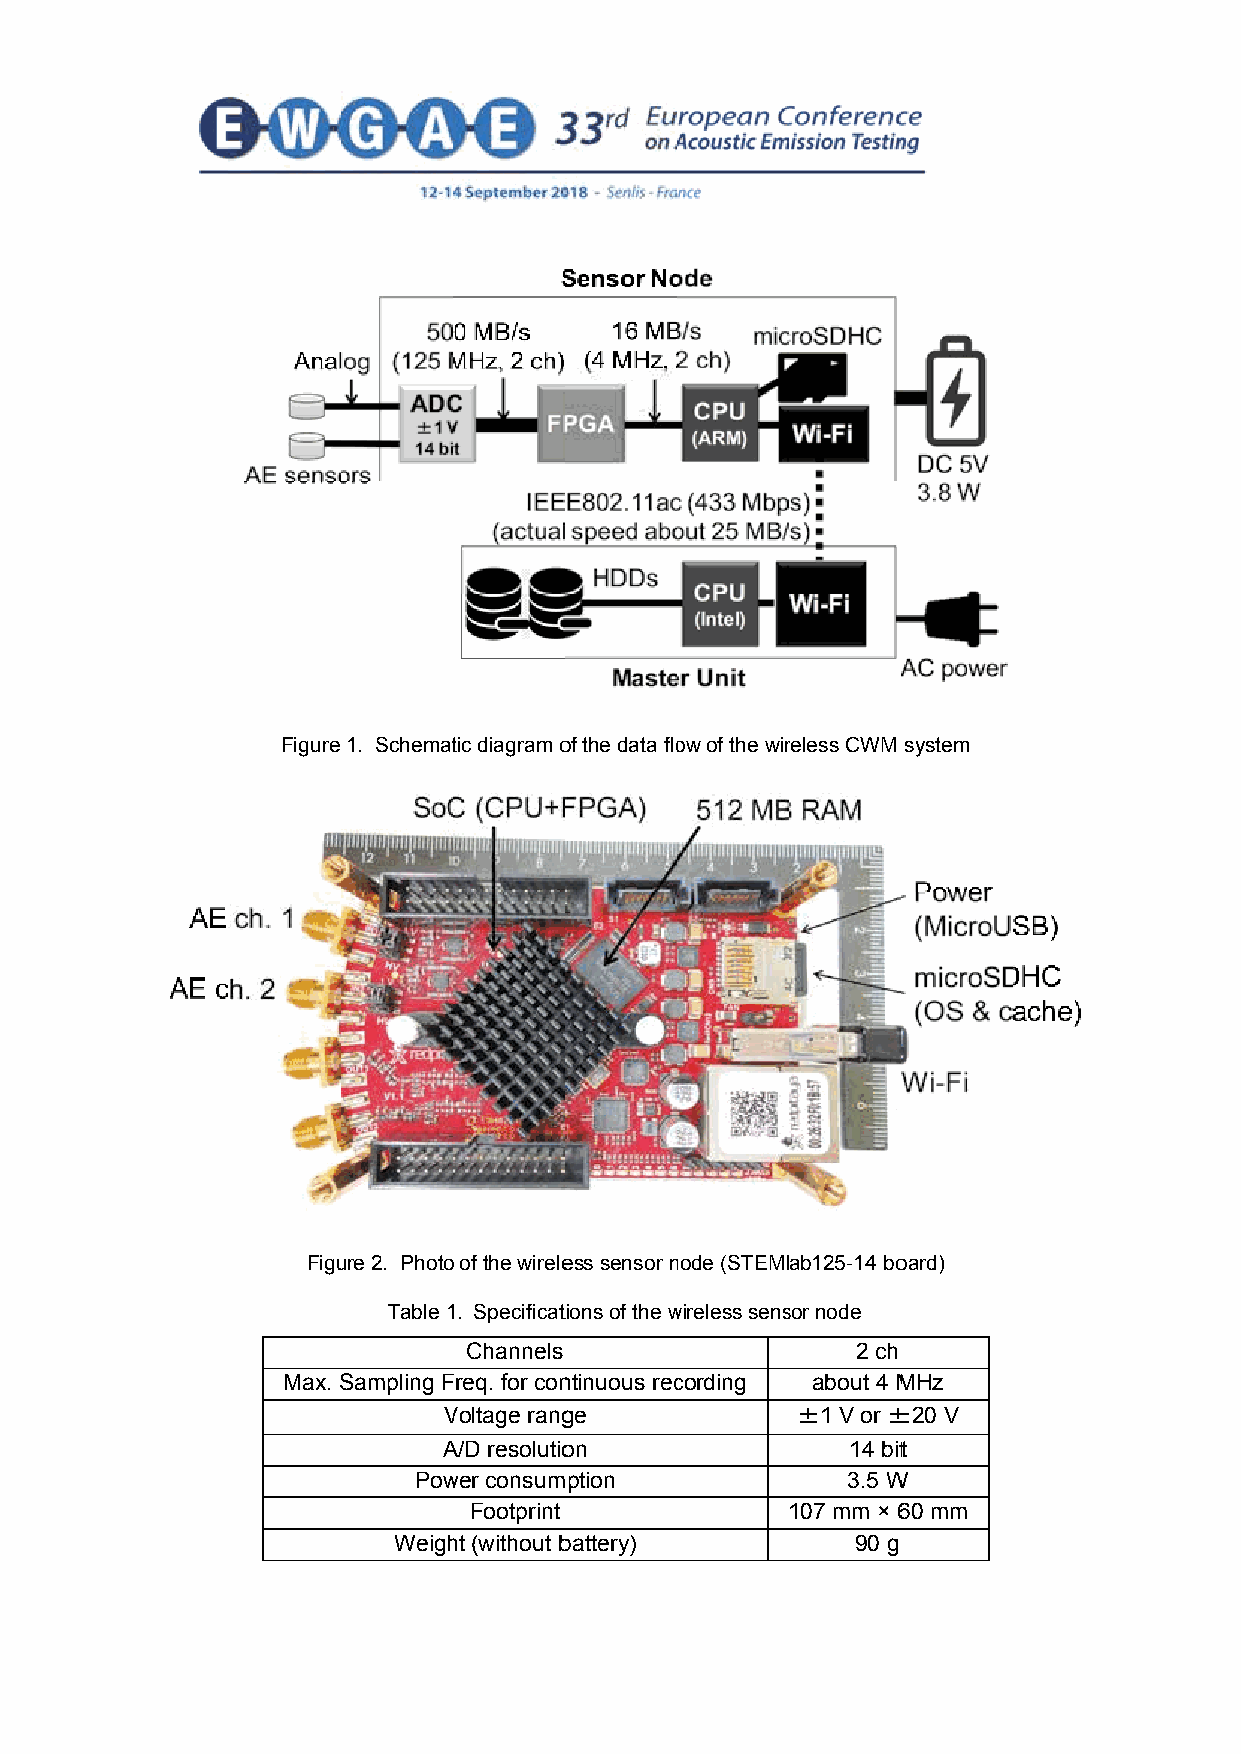
Figure 1. Schemattic diagram oof the data floow of the wirreless CWM system
 Figuure 2. Photoo of the wireleess sensor nnode (STEMlab125-14 booard)
 Table 11. Specificattions of the wwireless senssor node
 Channels                  2 ch
 Max. SSampling FFreq. for conntinuous reccording about 4 MMHz
 VVoltage rangge         ±1 V or ±±20 V
 AA/D resolutioon           14 bitt
 Powwer consumption           3.5 WW
 Footprint            107 mm × 660 mm
 Weighht (without bbattery)     90 g
 3